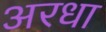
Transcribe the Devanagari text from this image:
अरधा